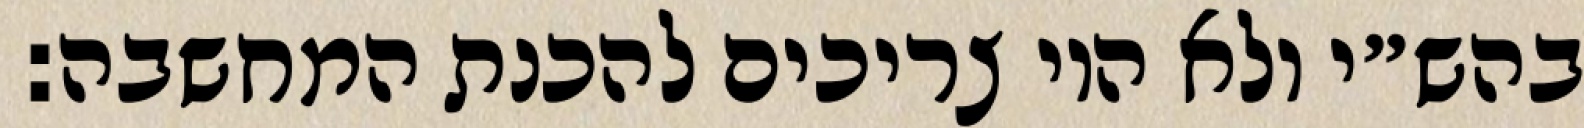
בהש״י ולא היו צריכים להכנת המחשבה: